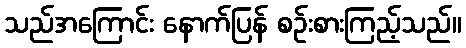
သည်အကြောင်း နောက်ပြန် စဉ်းစားကြည့်သည်။